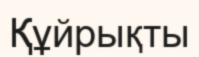
Құйрықты